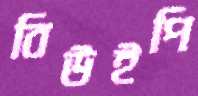
বিউইপি